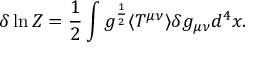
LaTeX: \delta \ln Z = { \frac { 1 } { 2 } } \int g ^ { \frac { 1 } { 2 } } \langle T ^ { \mu \nu } \rangle \delta g _ { \mu \nu } d ^ { 4 } x \space .